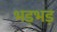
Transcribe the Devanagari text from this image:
भड़भड़